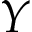
Y